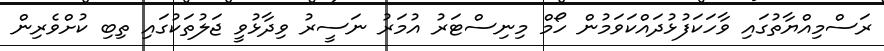
ރަސްމިއްޔާތުގައި ވާހަކަފުޅުދައްކަވަމުން ހޯމް މިނިސްޓަރު އުމަރު ނަސީރު ވިދާޅުވީ ޖަލުތަކުގައި ތިބި ކުށްވެރިން